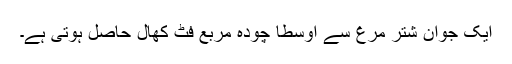
ایک جوان شتر مرغ سے اوسطاً چودہ مربع فٹ کھال حاصل ہوتی ہے۔